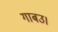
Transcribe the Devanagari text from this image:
गाबउ।